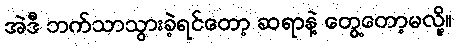
အဲဒီ ဘက်သာသွားခဲ့ရင်တော့ ဆရာနဲ့ တွေ့တော့မလို့။